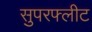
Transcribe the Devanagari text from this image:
सुपरफ्लीट